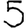
Digit: 5